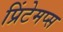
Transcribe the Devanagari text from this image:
प्रिंटेमप्स